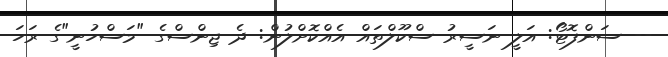
-- ސަންފޮޓޯ: އަލީ ނަސީރު ސްކޫލްތައް އެއްކޮށްލުން: ދެ ޖިންސްގެ "މަސްހުނީ"ގެ ރަހަ